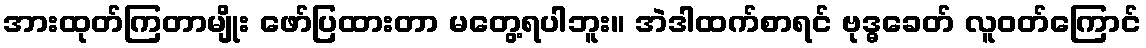
အားထုတ်ကြတာမျိုး ဖော်ပြထားတာ မတွေ့ရပါဘူး။ အဲဒါထက်စာရင် ဗုဒ္ဓခေတ် လူဝတ်ကြောင်